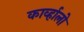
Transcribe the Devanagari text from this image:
काव्‍र्हालो